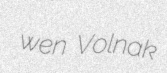
wen Volnak